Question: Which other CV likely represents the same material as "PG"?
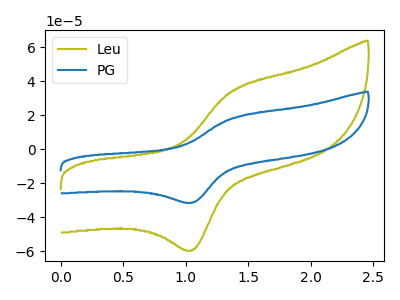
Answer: <think>The olive curve "Leu" has an anodic peak at (1.40V, 34.65uA) and a cathodic peak at (1.05V, -59.30uA). The blue curve "PG" has an anodic peak at (1.40V, 18.35uA) and a cathodic peak at (1.05V, -31.40uA).
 All the peaks in "Leu" have a peak in "PG" at the same potential. Every peak in "Leu" is higher than every peak in "PG".</think>
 <answer>The CV with the most similar shape to "Leu" is "PG".</answer>
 <eval>"PG"</eval>